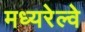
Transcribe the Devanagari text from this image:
मध्यरेल्वे